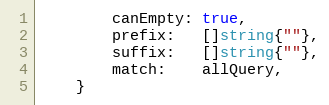
Language: Go
		canEmpty: true,
		prefix:   []string{""},
		suffix:   []string{""},
		match:    allQuery,
	}